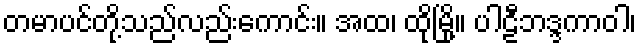
တမာပင်တို့သည်လည်းကောင်း။ အထ၊ ထိုမြို့။ ပါဠီဘဒ္ဒကာဝါ၊